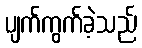
ပျက်ကွက်ခဲ့သည်